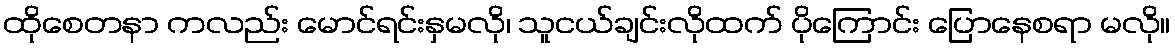
ထိုစေတနာ ကလည်း မောင်ရင်းနှမလို၊ သူငယ်ချင်းလိုထက် ပိုကြောင်း ပြောနေစရာ မလို။